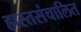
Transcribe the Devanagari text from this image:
हास्तसंचालित